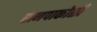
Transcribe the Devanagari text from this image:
रानपाकोळी